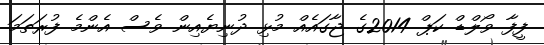
ފީފާ ވޯލްޑް ކަޕް 2014ގެ ޖާގައެއް މުޅި ދުނިޔެއިން ވެސް އެންމެ ފުރަތަމަ